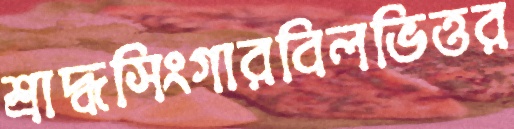
শ্রাদ্ধসিংগারবিলভিত্তর